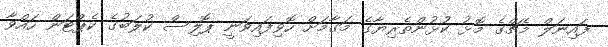
ފައިނަލް މެޗްގެ މޮޅު ކުޅުންތެރިޔާގެ މަގާމަށް ހޮވިފައިވަނީ ޕޮލިސް ކުލަބުގެ ކެޕްޓަން ހައްވާ